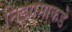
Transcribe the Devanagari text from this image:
निझामाकडे